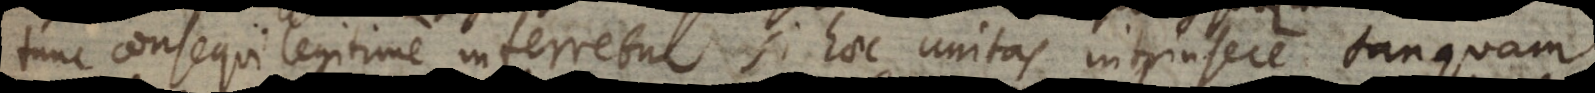
tunc consequi legitime inferretur, si haec unitas intrinsece tanquam